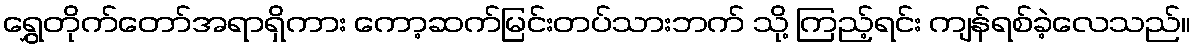
ရွှေတိုက်တော်အရာရှိကား ကော့ဆက်မြင်းတပ်သားဘက် သို့ ကြည့်ရင်း ကျန်ရစ်ခဲ့လေသည်။